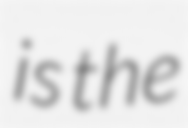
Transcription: is the